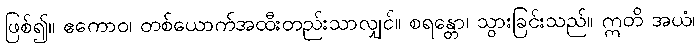
ဖြစ်၍။ ဧကောဝ၊ တစ်ယောက်အထီးတည်းသာလျှင်။ စရန္တော၊ သွားခြင်းသည်။ ဣတိ အယံ၊